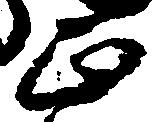
正